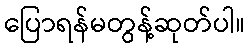
ပြောရန်မတွန့်ဆုတ်ပါ။